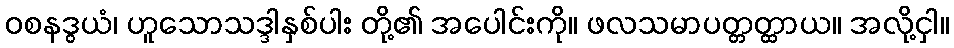
ဝစနဒွယံ၊ ဟူသောသဒ္ဒါနှစ်ပါး တို့၏ အပေါင်းကို။ ဖလသမာပတ္တတ္ထာယ။ အလို့ငှါ။